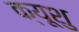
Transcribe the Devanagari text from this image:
क्यूशु